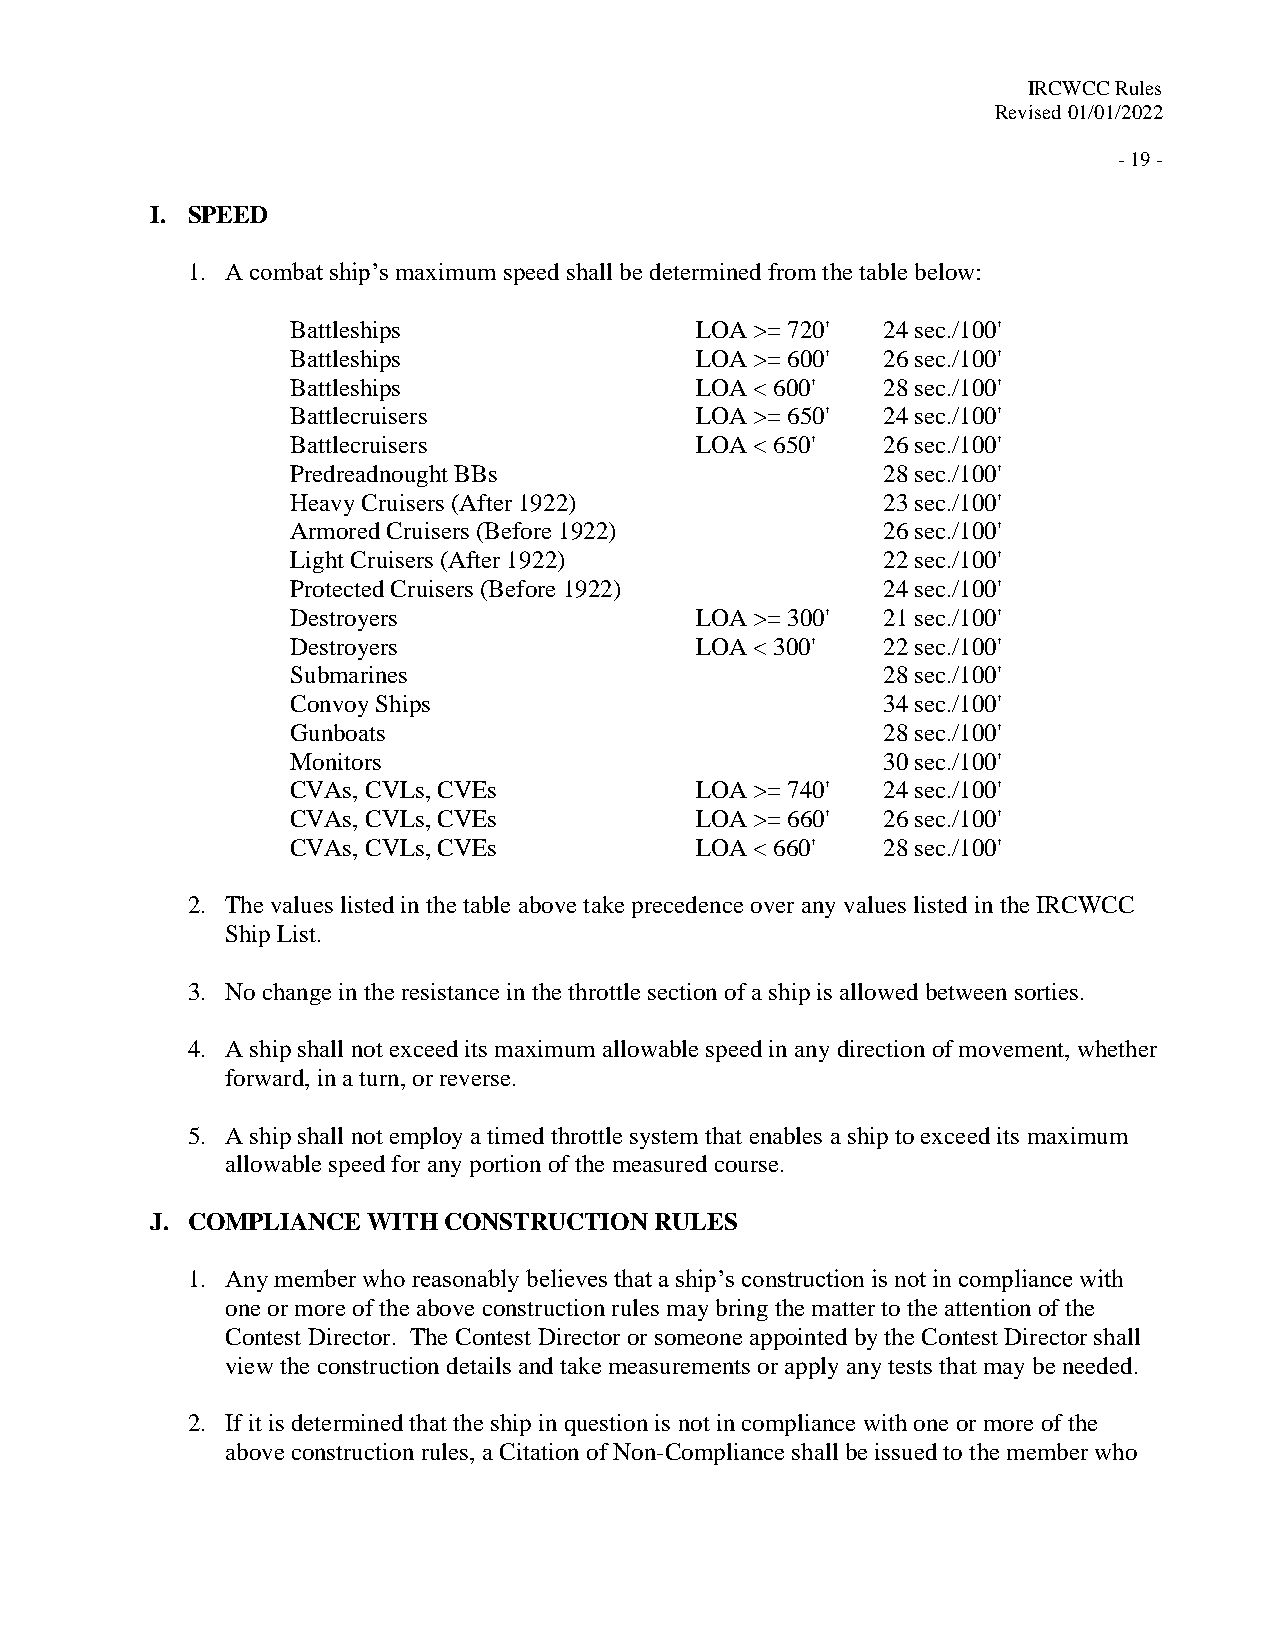
IRCWCC Rules
 Revised 01/01/2022
 - 19 -
 I. SPEED
 1. A combat ship’s maximum speed shall be determined from the table below:
 Battleships                LOA >= 720' 24 sec./100'
 Battleships                LOA >= 600' 26 sec./100'
 Battleships                LOA < 600'  28 sec./100'
 Battlecruisers             LOA >= 650' 24 sec./100'
 Battlecruisers             LOA < 650'  26 sec./100'
 Predreadnought BBs                     28 sec./100'
 Heavy Cruisers (After 1922)            23 sec./100'
 Armored Cruisers (Before 1922)         26 sec./100'
 Light Cruisers (After 1922)            22 sec./100'
 Protected Cruisers (Before 1922)       24 sec./100'
 Destroyers                 LOA >= 300' 21 sec./100'
 Destroyers                 LOA < 300'  22 sec./100'
 Submarines                             28 sec./100'
 Convoy Ships                           34 sec./100'
 Gunboats                               28 sec./100'
 Monitors                               30 sec./100'
 CVAs, CVLs, CVEs           LOA >= 740' 24 sec./100'
 CVAs, CVLs, CVEs           LOA >= 660' 26 sec./100'
 CVAs, CVLs, CVEs           LOA < 660'  28 sec./100'
 2. The values listed in the table above take precedence over any values listed in the IRCWCC
 Ship List.
 3. No change in the resistance in the throttle section of a ship is allowed between sorties.
 4. A ship shall not exceed its maximum allowable speed in any direction of movement, whether
 forward, in a turn, or reverse.
 5. A ship shall not employ a timed throttle system that enables a ship to exceed its maximum
 allowable speed for any portion of the measured course.
 J. COMPLIANCE WITH CONSTRUCTION  RULES
 1. Any member who reasonably believes that a ship’s construction is not in compliance with
 one or more of the above construction rules may bring the matter to the attention of the
 Contest Director. The Contest Director or someone appointed by the Contest Director shall
 view the construction details and take measurements or apply any tests that may be needed.
 2. If it is determined that the ship in question is not in compliance with one or more of the
 above construction rules, a Citation of Non-Compliance shall be issued to the member who